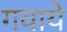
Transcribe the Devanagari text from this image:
गवाये